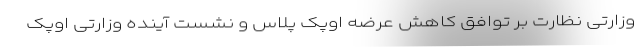
وزارتی نظارت بر توافق کاهش عرضه اوپک پلاس و نشست آینده وزارتی اوپک